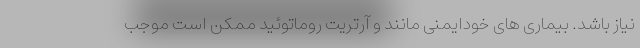
نیاز باشد. بیماری های خودایمنی مانند و آرتریت روماتوئید ممکن است موجب